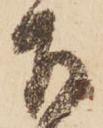
召